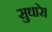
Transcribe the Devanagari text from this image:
सुधारे।